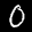
Label: 0